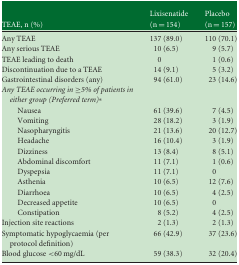
<table><thead><tr><td><b>TEAE, n (%)</b></td><td><b>Lixisenatide(n = 154)</b></td><td><b>Placebo(n = 157)</b></td></tr></thead><tbody><tr><td>Any TEAE</td><td>137 (89.0)</td><td>110 (70.1)</td></tr><tr><td>Any serious TEAE</td><td>10 (6.5)</td><td>9 (5.7)</td></tr><tr><td>TEAE leading to death</td><td>0</td><td>1 (0.6)</td></tr><tr><td>Discontinuation due to a TEAE</td><td>14 (9.1)</td><td>5 (3.2)</td></tr><tr><td>Gastrointestinal disorders (any)</td><td>94 (61.0)</td><td>23 (14.6)</td></tr><tr><td><i>Any TEAE occurring in ≥5% of patients in either group (Preferred term)</i>*</td><td></td><td></td></tr><tr><td> Nausea</td><td>61 (39.6)</td><td>7 (4.5)</td></tr><tr><td> Vomiting</td><td>28 (18.2)</td><td>3 (1.9)</td></tr><tr><td> Nasopharyngitis</td><td>21 (13.6)</td><td>20 (12.7)</td></tr><tr><td> Headache</td><td>16 (10.4)</td><td>3 (1.9)</td></tr><tr><td> Dizziness</td><td>13 (8.4)</td><td>8 (5.1)</td></tr><tr><td> Abdominal discomfort</td><td>11 (7.1)</td><td>1 (0.6)</td></tr><tr><td> Dyspepsia</td><td>11 (7.1)</td><td>0</td></tr><tr><td> Asthenia</td><td>10 (6.5)</td><td>12 (7.6)</td></tr><tr><td> Diarrhoea</td><td>10 (6.5)</td><td>4 (2.5)</td></tr><tr><td> Decreased appetite</td><td>10 (6.5)</td><td>0</td></tr><tr><td> Constipation</td><td>8 (5.2)</td><td>4 (2.5)</td></tr><tr><td>Injection site reactions</td><td>2 (1.3)</td><td>2 (1.3)</td></tr><tr><td>Symptomatic hypoglycaemia (per protocol definition)</td><td>66 (42.9)</td><td>37 (23.6)</td></tr><tr><td>Blood glucose &lt;60 mg/dL</td><td>59 (38.3)</td><td>32 (20.4)</td></tr></tbody></table>